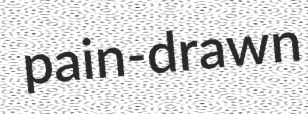
pain-drawn